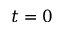
t = 0